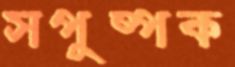
সপুষ্পক